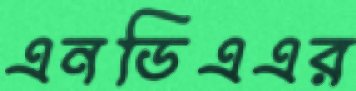
এনডিএএর